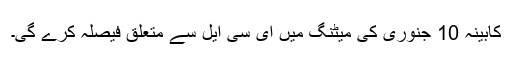
کابینہ 10 جنوری کی میٹنگ میں ای سی ایل سے متعلق فیصلہ کرے گی۔